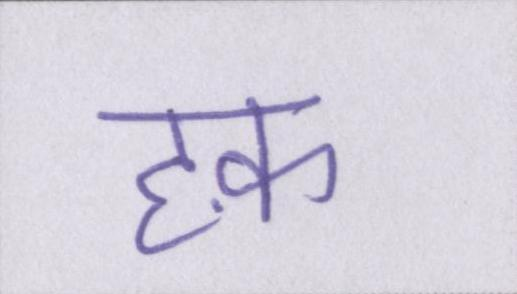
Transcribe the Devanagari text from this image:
हक़